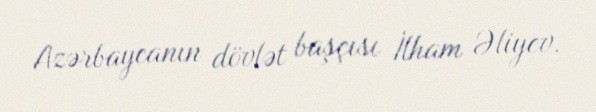
Azərbaycanın dövlət başçısı İlham Əliyev.